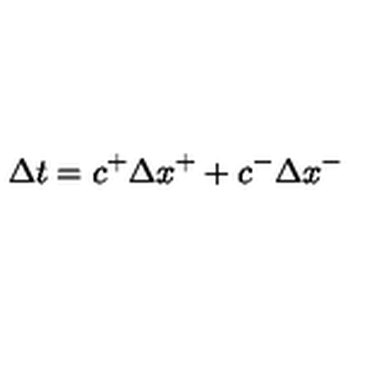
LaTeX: \Delta t = c ^ { + } \Delta x ^ { + } + c ^ { - } \Delta x ^ { - }